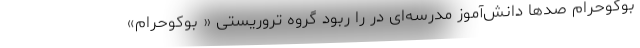
بوکوحرام صدها دانش‌آموز مدرسه‌ای در را ربود گروه تروریستی « بوکوحرام»